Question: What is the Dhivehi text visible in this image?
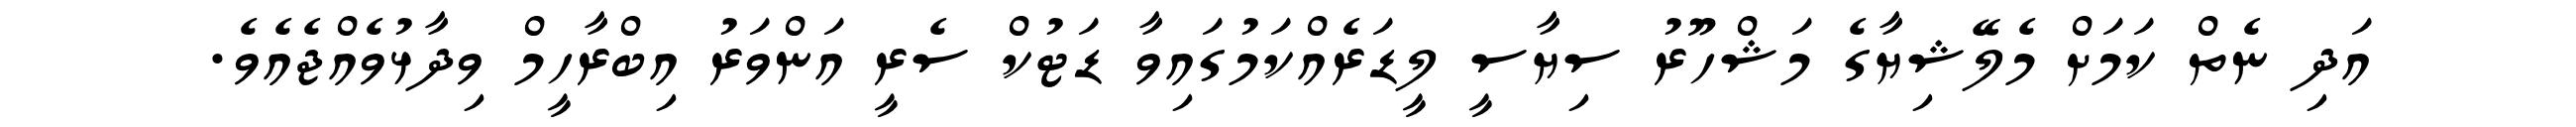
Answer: އަދި ނެތް ކަމަށް މެލޭޝިޔާގެ މަޝްހޫރު ސިޔާސީ ލީޑަރެއްކަމުގައިވާ ޑަޓުކް ސެރީ އަންވަރު އިބްރާހީމް ވިދާޅުވެއްޖެއެވެ.